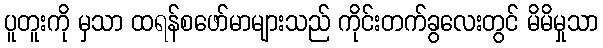
ပူတူးကို မှသာ ထရန်စဖော်မာများသည် ကိုင်းတက်ခွလေးတွင် မိမိမှုသာ